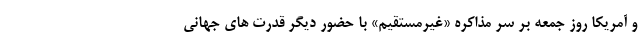
و آمریکا روز جمعه بر سر مذاکره «غیرمستقیم» با حضور دیگر قدرت های جهانی